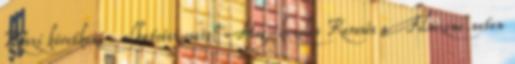
Köszi következő › alkatrész csere? Heg-kezelés Keresés a Filmzene.neten